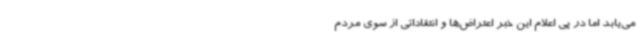
می‌یابد اما در پی اعلام این خبر اعتراض‌ها و انتقاداتی از سوی مردم